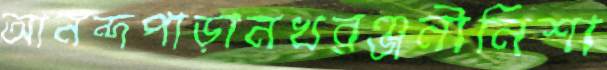
আনন্দপাড়ানখরঞ্জনীনিশা